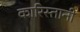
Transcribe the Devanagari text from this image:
कारिस्तानी